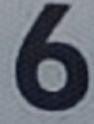
6